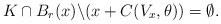
LaTeX: \begin{align*}K\cap B_{r}(x)\backslash(x+C(V_{x},\theta))=\emptyset.\end{align*}